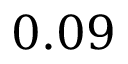
0 . 0 9